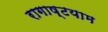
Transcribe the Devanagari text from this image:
रागाष्टयाम